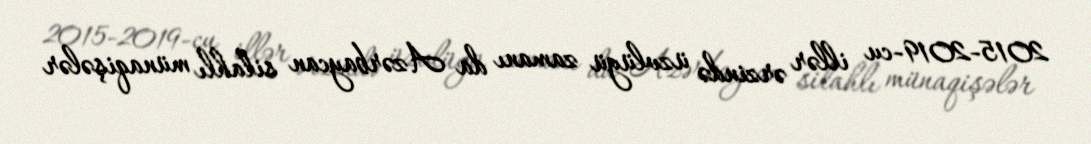
2015-2019-cu illər ərzində üzvlüyü zamanı da Azərbaycan silahlı münaqişələr